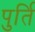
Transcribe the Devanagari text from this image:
पुर्ति